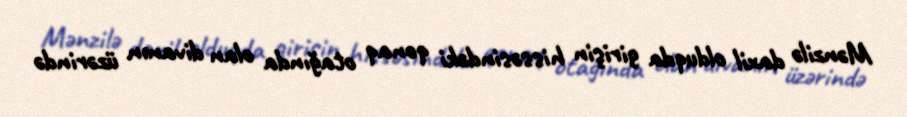
Mənzilə daxil olduqda girişin hissəsindəki qonaq otağında olan divanın üzərində